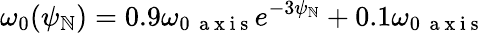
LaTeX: \omega_{0}(\psi_{\mathbb{N}})=0.9\omega_{0\, \mathrm{{~a~x~i~s~}}}e^{-3\psi_{\mathbb{N}}}+0.1\omega_{0\, \mathrm{{~a~x~i~s~}}}